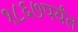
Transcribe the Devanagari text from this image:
१८६७पर्यंत